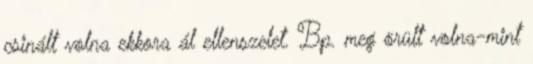
csinált volna ekkora ál ellenszelet. Bp. meg örült volna-mint